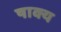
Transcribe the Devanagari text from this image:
षाक्य